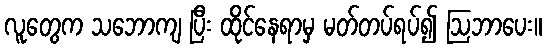
လူတွေက သဘောကျ ပြီး ထိုင်နေရာမှ မတ်တပ်ရပ်၍ ဩဘာပေး။